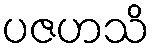
ပဇဟသိ